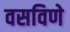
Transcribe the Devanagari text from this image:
वसविणे